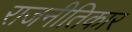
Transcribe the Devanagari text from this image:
राजनीतिकार